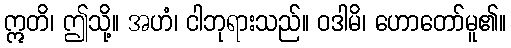
ဣတိ၊ ဤသို့။ အဟံ၊ ငါဘုရားသည်။ ဝဒါမိ၊ ဟောတော်မူ၏။